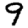
Digit: 9